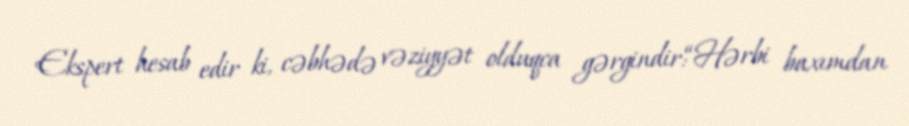
Ekspert hesab edir ki, cəbhədə vəziyyət olduqca gərgindir:“Hərbi baxımdan